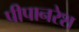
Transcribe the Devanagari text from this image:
पीपानरेश